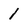
Character: 1